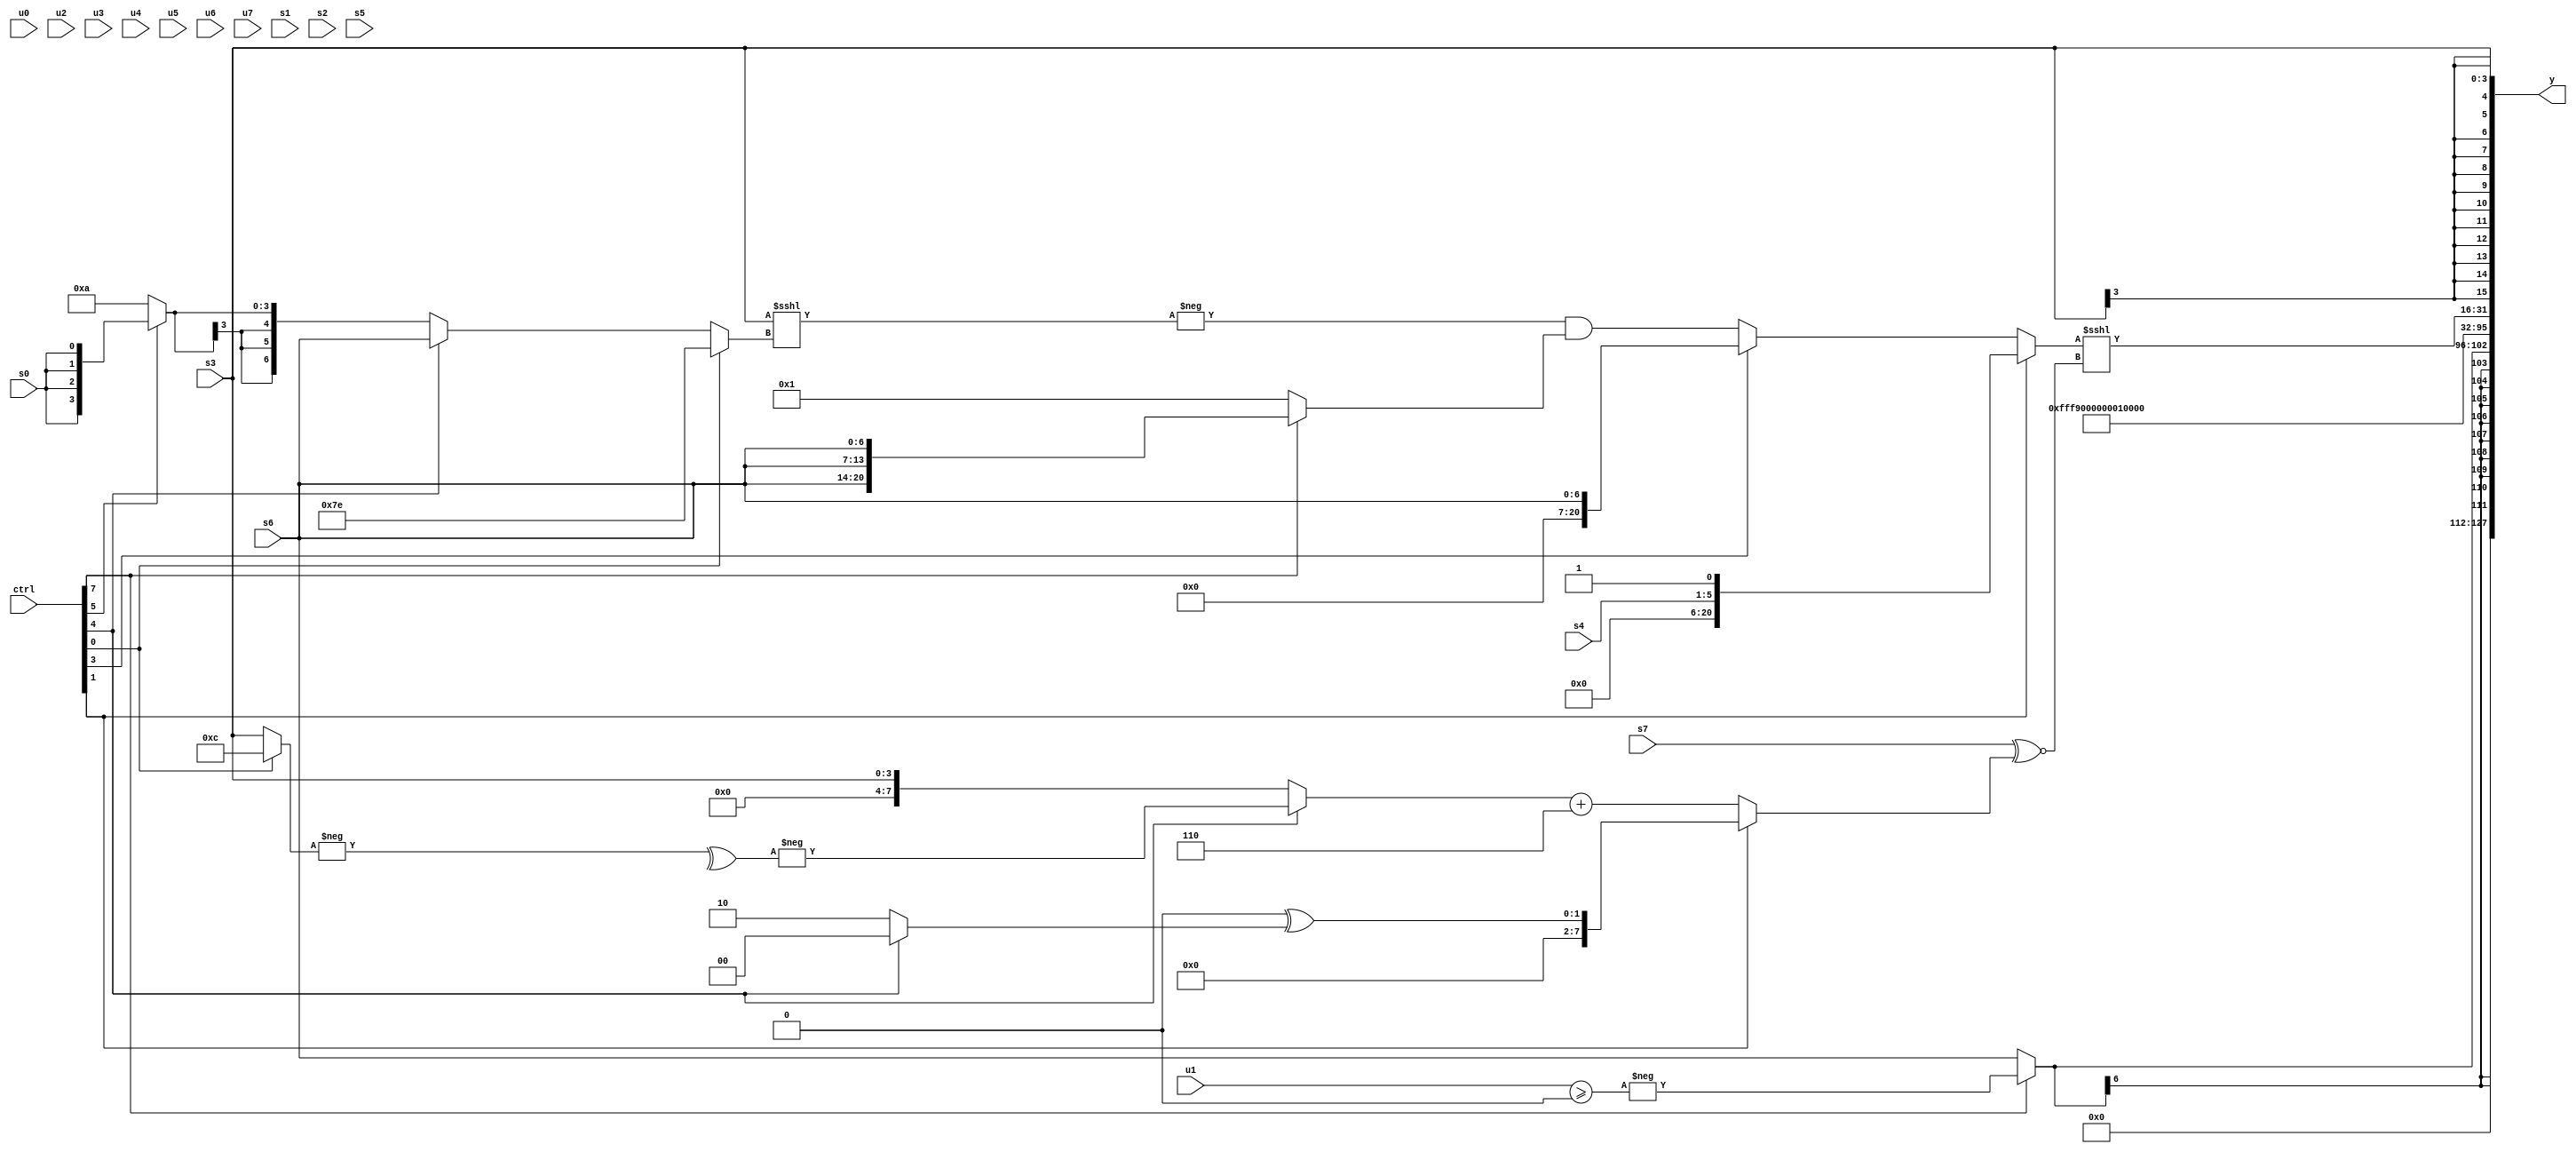
module wideexpr_00270(ctrl, u0, u1, u2, u3, u4, u5, u6, u7, s0, s1, s2, s3, s4, s5, s6, s7, y);
  input [7:0] ctrl;
  input [0:0] u0;
  input [1:0] u1;
  input [2:0] u2;
  input [3:0] u3;
  input [4:0] u4;
  input [5:0] u5;
  input [6:0] u6;
  input [7:0] u7;
  input signed [0:0] s0;
  input signed [1:0] s1;
  input signed [2:0] s2;
  input signed [3:0] s3;
  input signed [4:0] s4;
  input signed [5:0] s5;
  input signed [6:0] s6;
  input signed [7:0] s7;
  output [127:0] y;
  wire [15:0] y0;
  wire [15:0] y1;
  wire [15:0] y2;
  wire [15:0] y3;
  wire [15:0] y4;
  wire [15:0] y5;
  wire [15:0] y6;
  wire [15:0] y7;
  assign y = {y0,y1,y2,y3,y4,y5,y6,y7};
  assign y0 = (2'sb00)<<<(6'sb101111);
  assign y1 = $signed($unsigned((ctrl[7]?-((u1)>=(2'b00)):s6)));
  assign y2 = 4'sb1001;
  assign y3 = $signed(((1'sb0)-(((3'sb101)<<((ctrl[7]?s5:u5)))>>>(~|($signed(s3)))))>>($signed(+(6'sb010101))));
  assign y4 = (2'sb11)^~(3'sb001);
  assign y5 = 6'sb000000;
  assign y6 = ((ctrl[1]?{s4,1'b1}:(ctrl[3]?+(s6):(-((s3)<<<((ctrl[0]?4'sb1110:(ctrl[4]?+(s6):(ctrl[5]?s0:4'sb1010))))))&({(ctrl[7]?{3{(ctrl[7]?(s6)<<(3'sb000):2'sb00)}}:(ctrl[7]?$signed((s5)<<(s2)):(-(3'sb101))!=(4'sb0010)))}))))<<<(($signed(s7))^~((ctrl[1]?(1'sb0)^($signed((ctrl[4]?1'sb0:2'sb10))):((ctrl[4]?-(^(-((ctrl[0]?4'sb1100:s3)))):s3))+($signed({{-(3'sb010)}})))));
  assign y7 = (s3)>>(+($unsigned(~&($signed(3'sb111)))));
endmodule